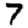
Digit: 7